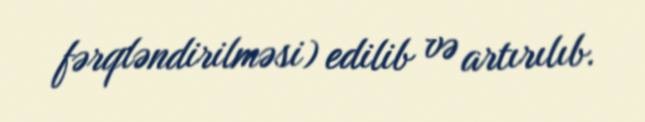
fərqləndirilməsi) edilib və artırılıb.